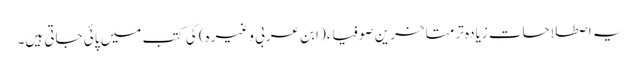
یہ اصطلاحات زیادہ تر متاخرین صوفیاء( ابن عربی وغیرہ) کی کتب میں پائی جاتی ہیں۔